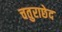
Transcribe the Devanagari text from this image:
चतुराछेद